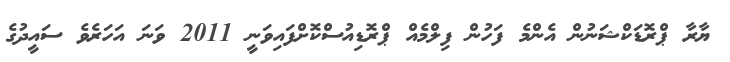
ޔާރާ ޕްރޮޑަކްޝަނުން އެންމެ ފަހުން ފިލްމެއް ޕްރޮޑިއުސްކޮށްފައިވަނީ 2011 ވަނަ އަހަރެވެ ސައީދުގެ